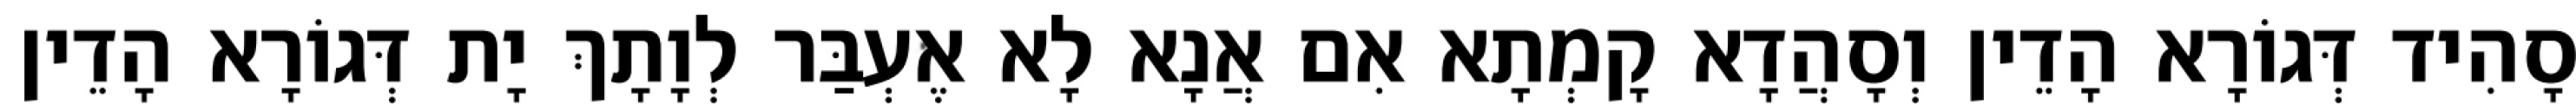
סָהִיד דְּגוֹרָא הָדֵין וְסָהֲדָא קָמְתָא אִם אֲנָא לָא אֶעְבַּר לְוָתָךְ יָת דְּגוֹרָא הָדֵין